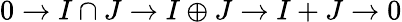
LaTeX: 0\to I\cap J\to I\oplus J\to I+J\to 0